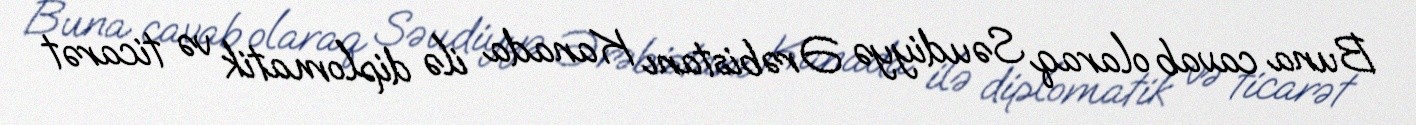
Buna cavab olaraq Səudiyyə Ərəbistanı Kanada ilə diplomatik və ticarət